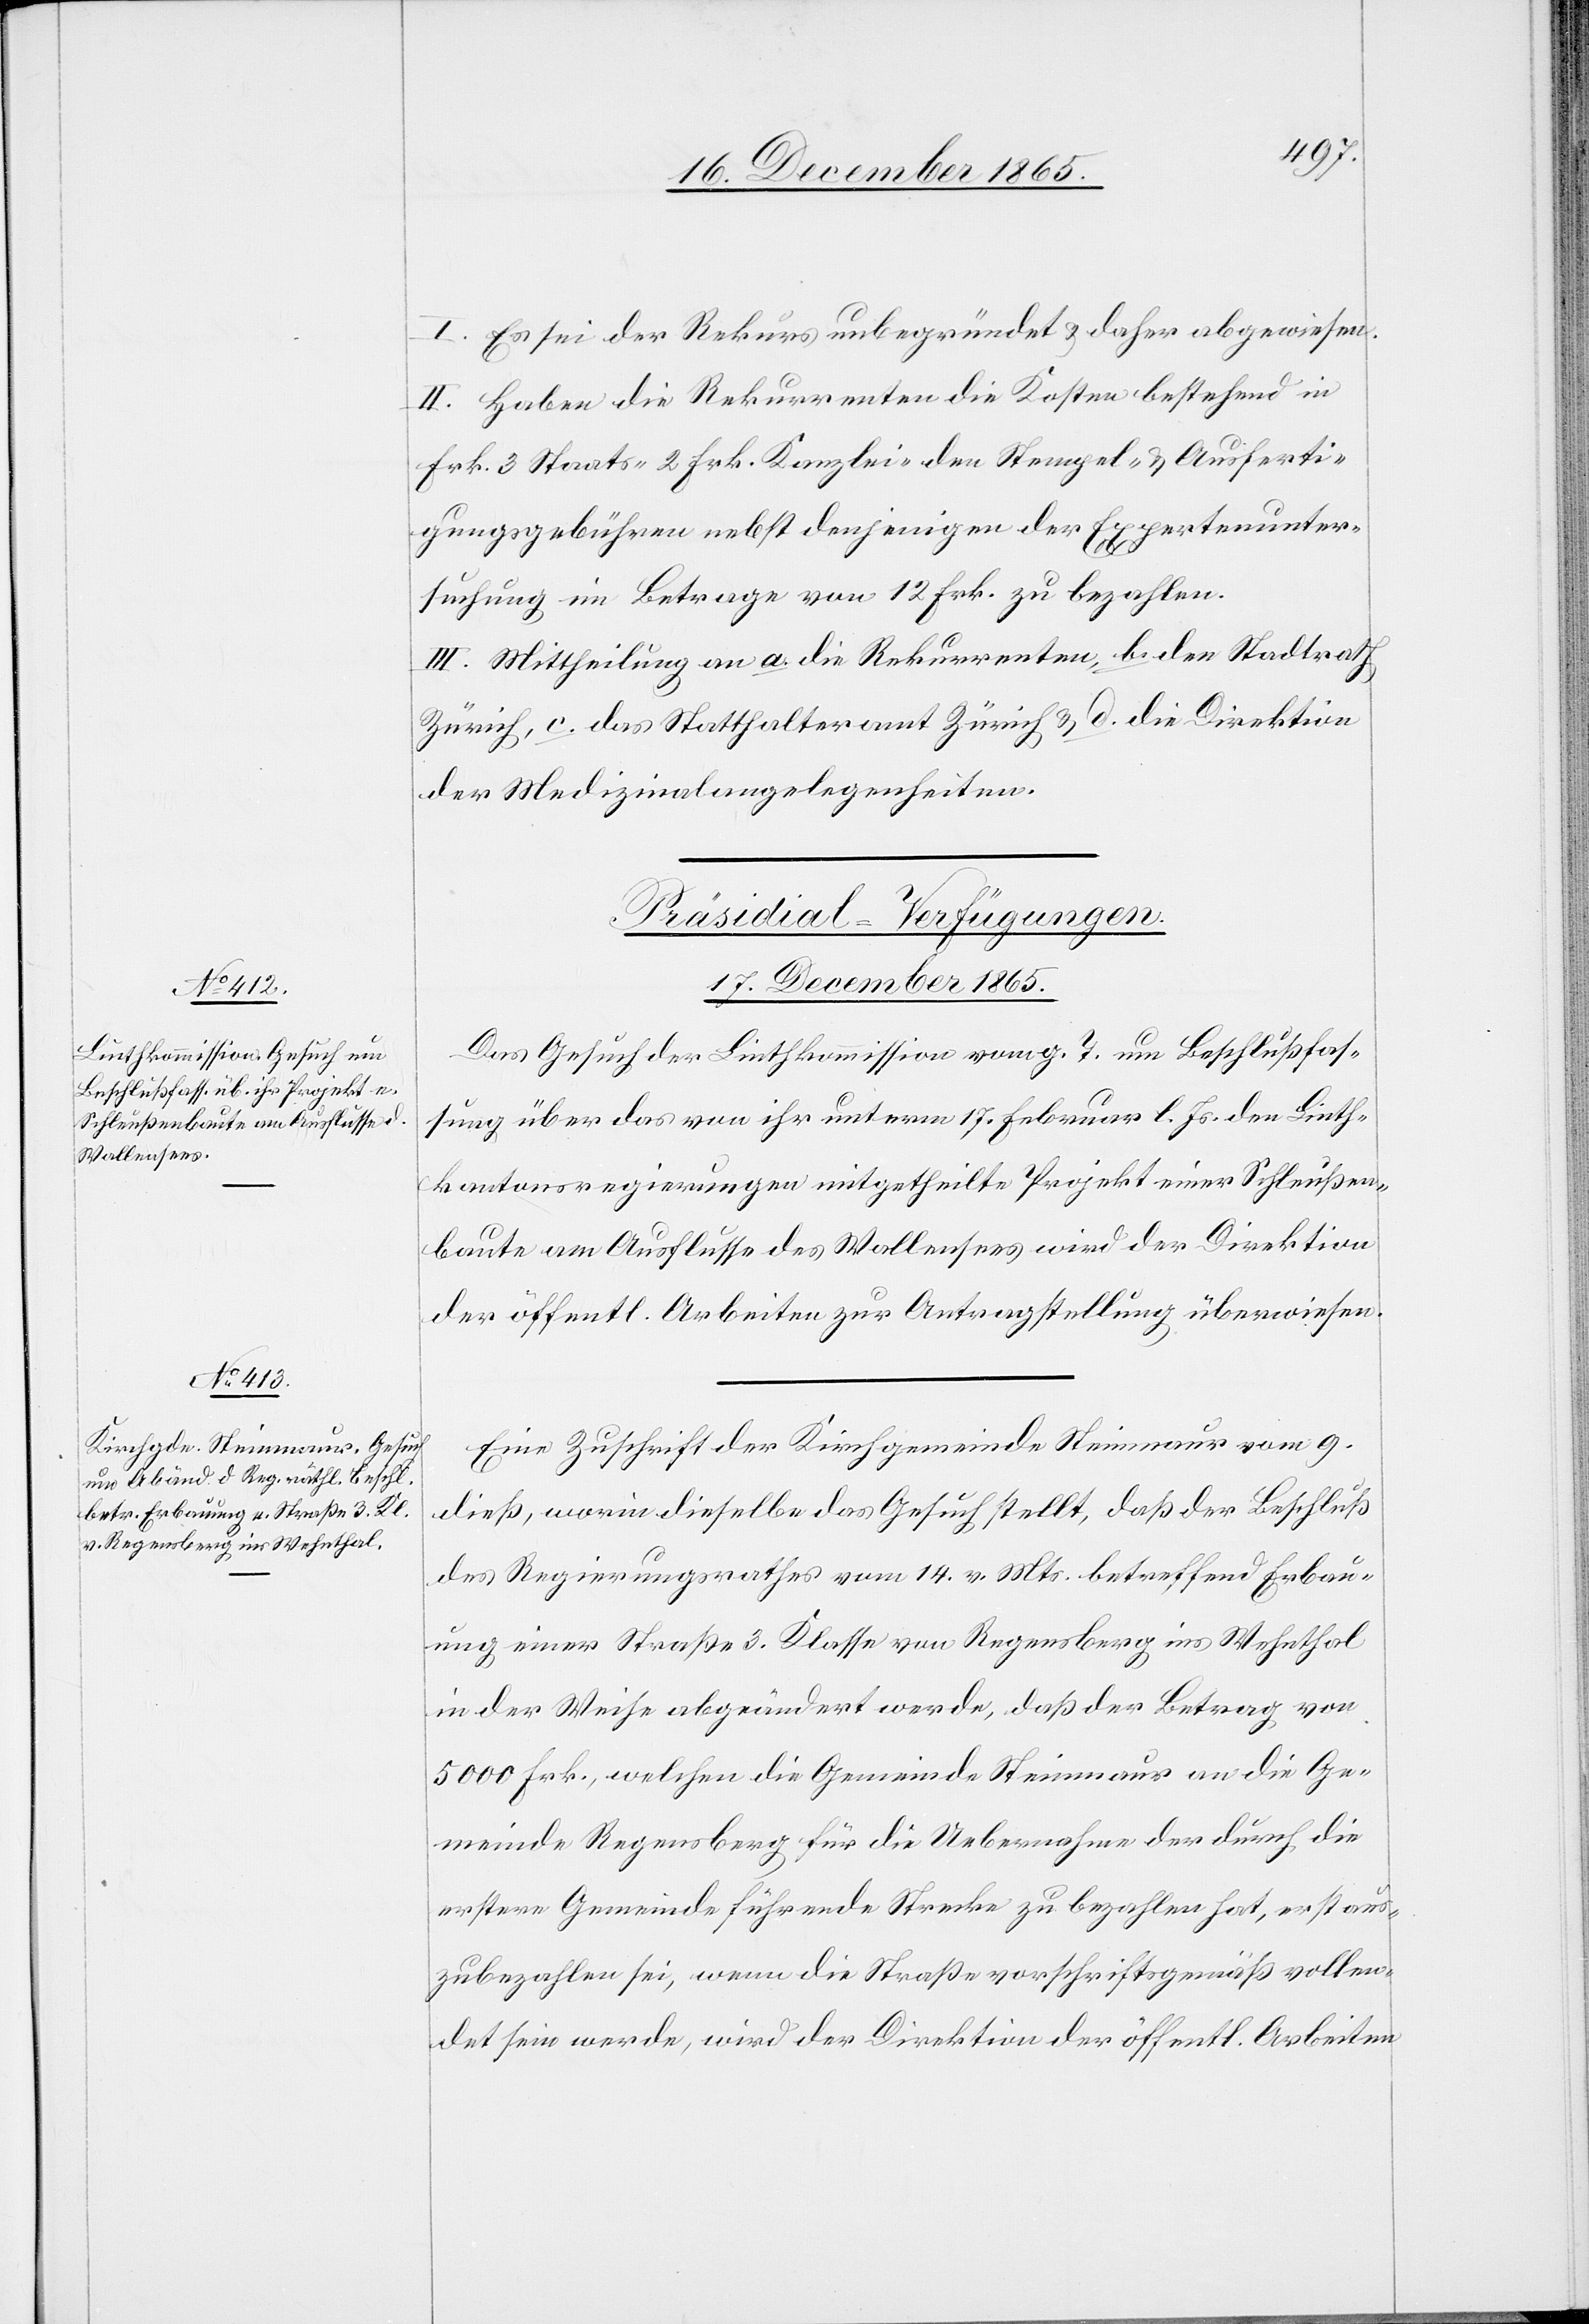
I. Es sei der Rekurs unbegründet & daher abgewiesen.
II. Haben die Rekurrenten die Kosten bestehend in
Frk. 3 Staats- 2 Frk. Kanzlei- den Stempel- & Ausferti¬
gungsgebühren nebst denjenigen der Expertenunter¬
suchung im Betrage von 12 Frk. zu bezahlen.
III. Mittheilung an a. die Rekurrenten, b. den Stadtrath
Zürich, c. Das Statthalteramt Zürich & d. die Direktion
der Medizinalangelegenheiten.
[Präsidial-Verfügungen.
17. December 1865.]
Das Gesuch der Linthkommission vom g. T. um Beschlußfas¬
sung über das von ihr unterm 17. Februar l. Js. den Linth¬
kantonsregierungen mitgetheilte Projekt einer Schleußen¬
baute am Ausflusse des Wallensees wird der Direktion
der öffentl. Arbeiten zu Antragstellung überwiesen.
Eine Zuschrift der Kirchgemeinde Steinmaur vom 9.
dieß, worin dieselbe das Gesuch stellt, daß der Beschluß
des Regierungsrathes vom 14. v. Mts. betreffend Erbau¬
ung einer Straße 3. Klasse von Regensberg ins Wehnthal
in der Weise abgeändert werde, daß der Betrag von
5000 Frk., welchen die Gemeinde Steinmaur an die Ge¬
meinde Regensberg für die Uebernahme der durch die
erstere Gemeinde führende Strecke zu bezahlen hat, erst aus¬
zubezahlen sei, wenn die Straße vorschriftsgemäß vollen¬
det sein werde, wird der Direktion der öffentl. Arbeiten